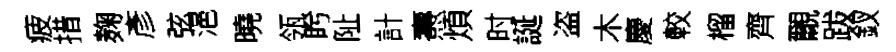
疲措麹彥弦浥曉瓴盻阯計燾煩时誕盗木慶較榴齊覼跋釵